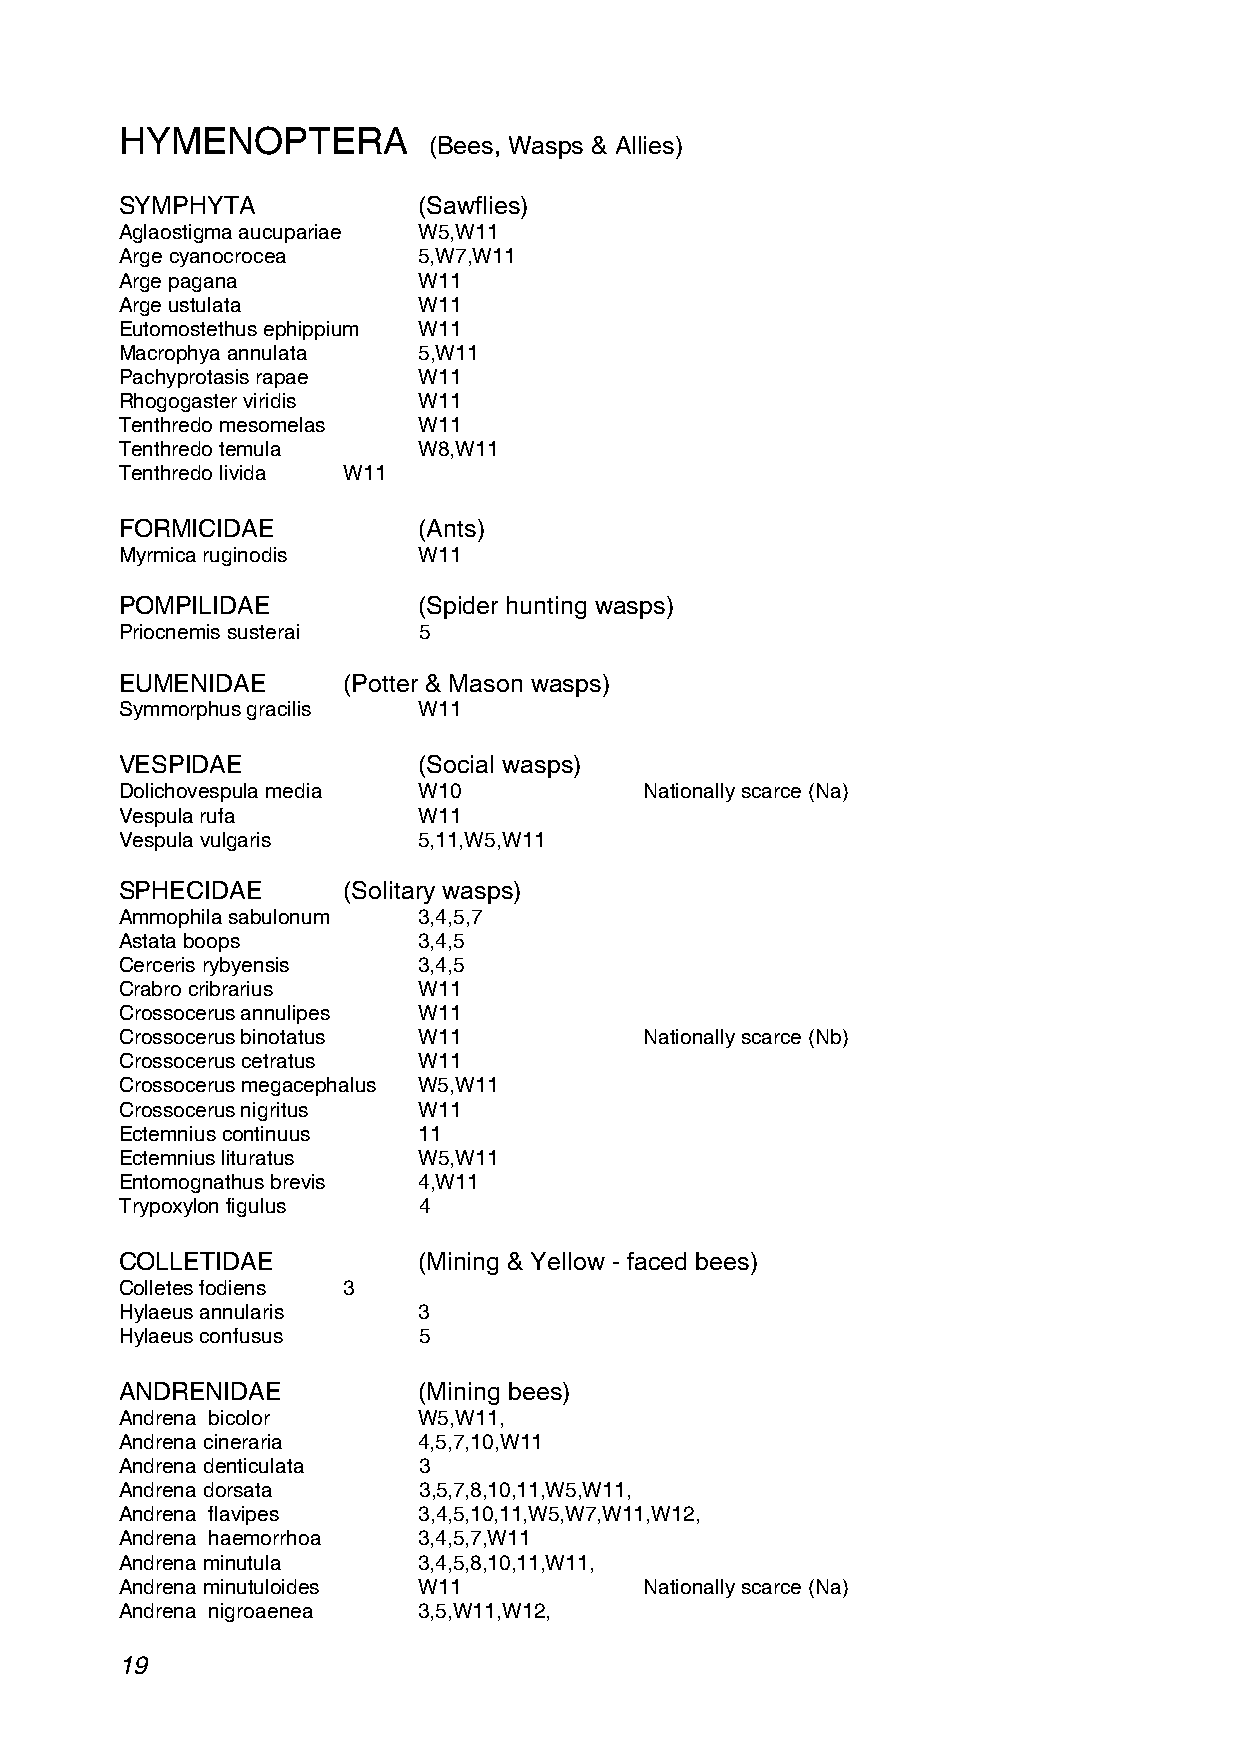
HYMENOPTERA
 (Bees, Wasps & Allies)
 SYMPHYTA            (Sawflies)
 Aglaostigma aucupariae W5,W11
 Arge cyanocrocea    5,W7,W11
 Arge pagana         W11
 Arge ustulata       W11
 Eutomostethus ephippium W11
 Macrophya annulata  5,W11
 Pachyprotasis rapae W11
 Rhogogaster viridis W11
 Tenthredo mesomelas W11
 Tenthredo temula    W8,W11
 Tenthredo livida W11
 FORMICIDAE          (Ants)
 Myrmica ruginodis   W11
 POMPILIDAE          (Spider hunting wasps)
 Priocnemis susterai 5
 EUMENIDAE      (Potter & Mason wasps)
 Symmorphus gracilis W11
 VESPIDAE            (Social wasps)
 Dolichovespula media W10           Nationally scarce (Na)
 Vespula rufa        W11
 Vespula vulgaris    5,11,W5,W11
 SPHECIDAE      (Solitary wasps)
 Ammophila sabulonum 3,4,5,7
 Astata boops        3,4,5
 Cerceris rybyensis  3,4,5
 Crabro cribrarius   W11
 Crossocerus annulipes W11
 Crossocerus binotatus W11          Nationally scarce (Nb)
 Crossocerus cetratus W11
 Crossocerus megacephalus W5,W11
 Crossocerus nigritus W11
 Ectemnius continuus 11
 Ectemnius lituratus W5,W11
 Entomognathus brevis 4,W11
 Trypoxylon figulus  4
 COLLETIDAE          (Mining & Yellow - faced bees)
 Colletes fodiens 3
 Hylaeus annularis   3
 Hylaeus confusus    5
 ANDRENIDAE          (Mining bees)
 Andrena bicolor     W5,W11,
 Andrena cineraria   4,5,7,10,W11
 Andrena denticulata 3
 Andrena dorsata     3,5,7,8,10,11,W5,W11,
 Andrena flavipes    3,4,5,10,11,W5,W7,W11,W12,
 Andrena haemorrhoa  3,4,5,7,W11
 Andrena minutula    3,4,5,8,10,11,W11,
 Andrena minutuloides W11           Nationally scarce (Na)
 Andrena nigroaenea  3,5,W11,W12,
 19